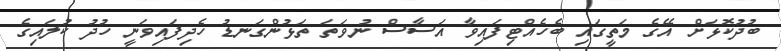
ބުދުކޮޅަށް އޭގެ މަތީގައި ބެހެއްޓިފައިވާ އަސާސް ނުވަތަ ތަޅުންގަނޑު ހެދިފައިވަނީ ހުދު ކުލައިގެ